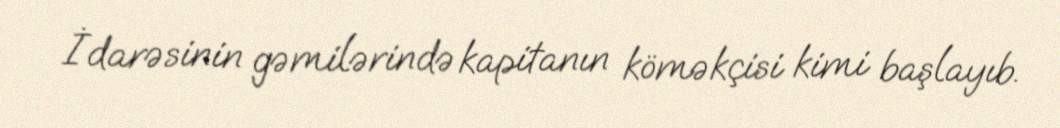
İdarəsinin gəmilərində kapitanın köməkçisi kimi başlayıb.